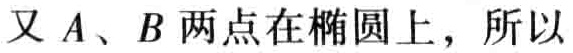
又\(A、B\)两点在椭圆上，所以